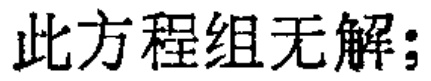
此方程组无解；